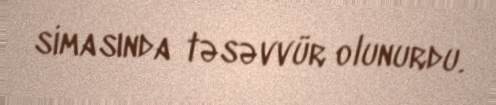
simasında təsəvvür olunurdu.